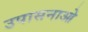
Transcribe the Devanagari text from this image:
उपासनाओ